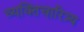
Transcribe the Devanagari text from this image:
व्यक्तिचारित्र्य